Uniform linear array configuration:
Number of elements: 4
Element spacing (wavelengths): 1
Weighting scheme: exponential
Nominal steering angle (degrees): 60
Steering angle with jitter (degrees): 59.363
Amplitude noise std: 0.05
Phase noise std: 0.05

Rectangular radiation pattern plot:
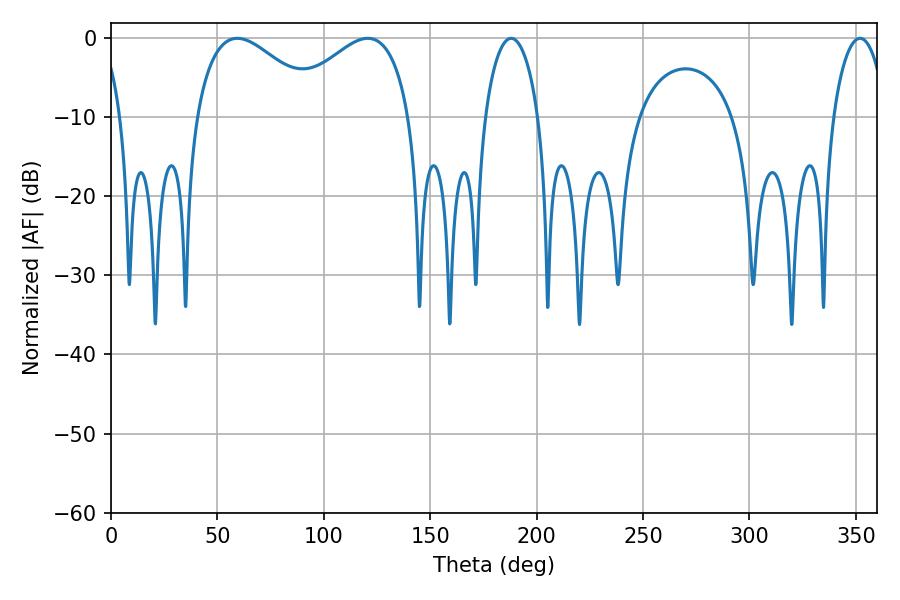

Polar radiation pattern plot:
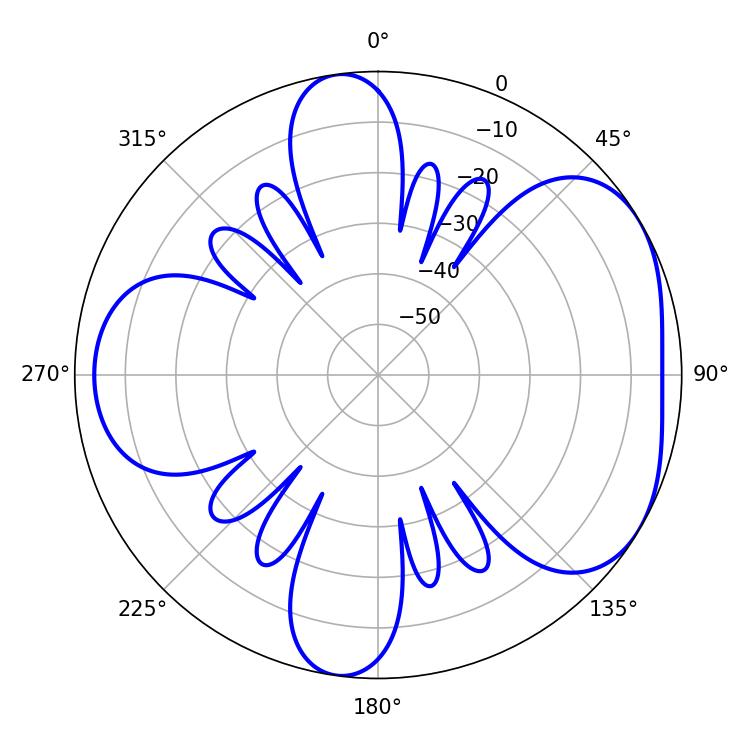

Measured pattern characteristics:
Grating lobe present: TRUE
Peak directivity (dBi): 4.62
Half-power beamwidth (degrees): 32.4
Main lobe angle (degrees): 59.4